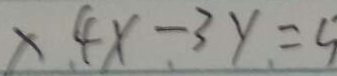
\times 4 x - 3 y = 5